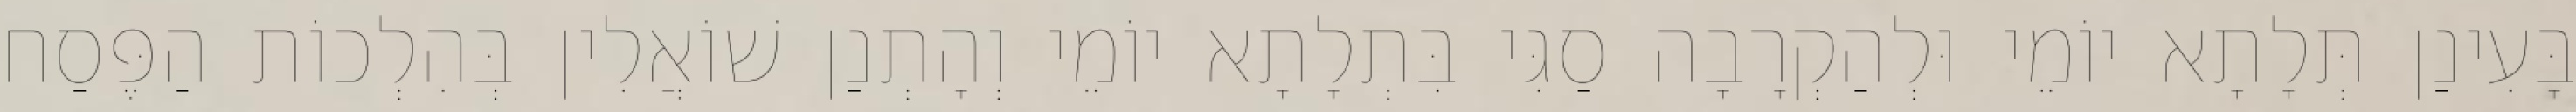
בָּעִינַן תְּלָתָא יוֹמֵי וּלְהַקְרָבָה סַגִּי בִּתְלָתָא יוֹמֵי וְהָתְנַן שׁוֹאֲלִין בְּהִלְכוֹת הַפֶּסַח